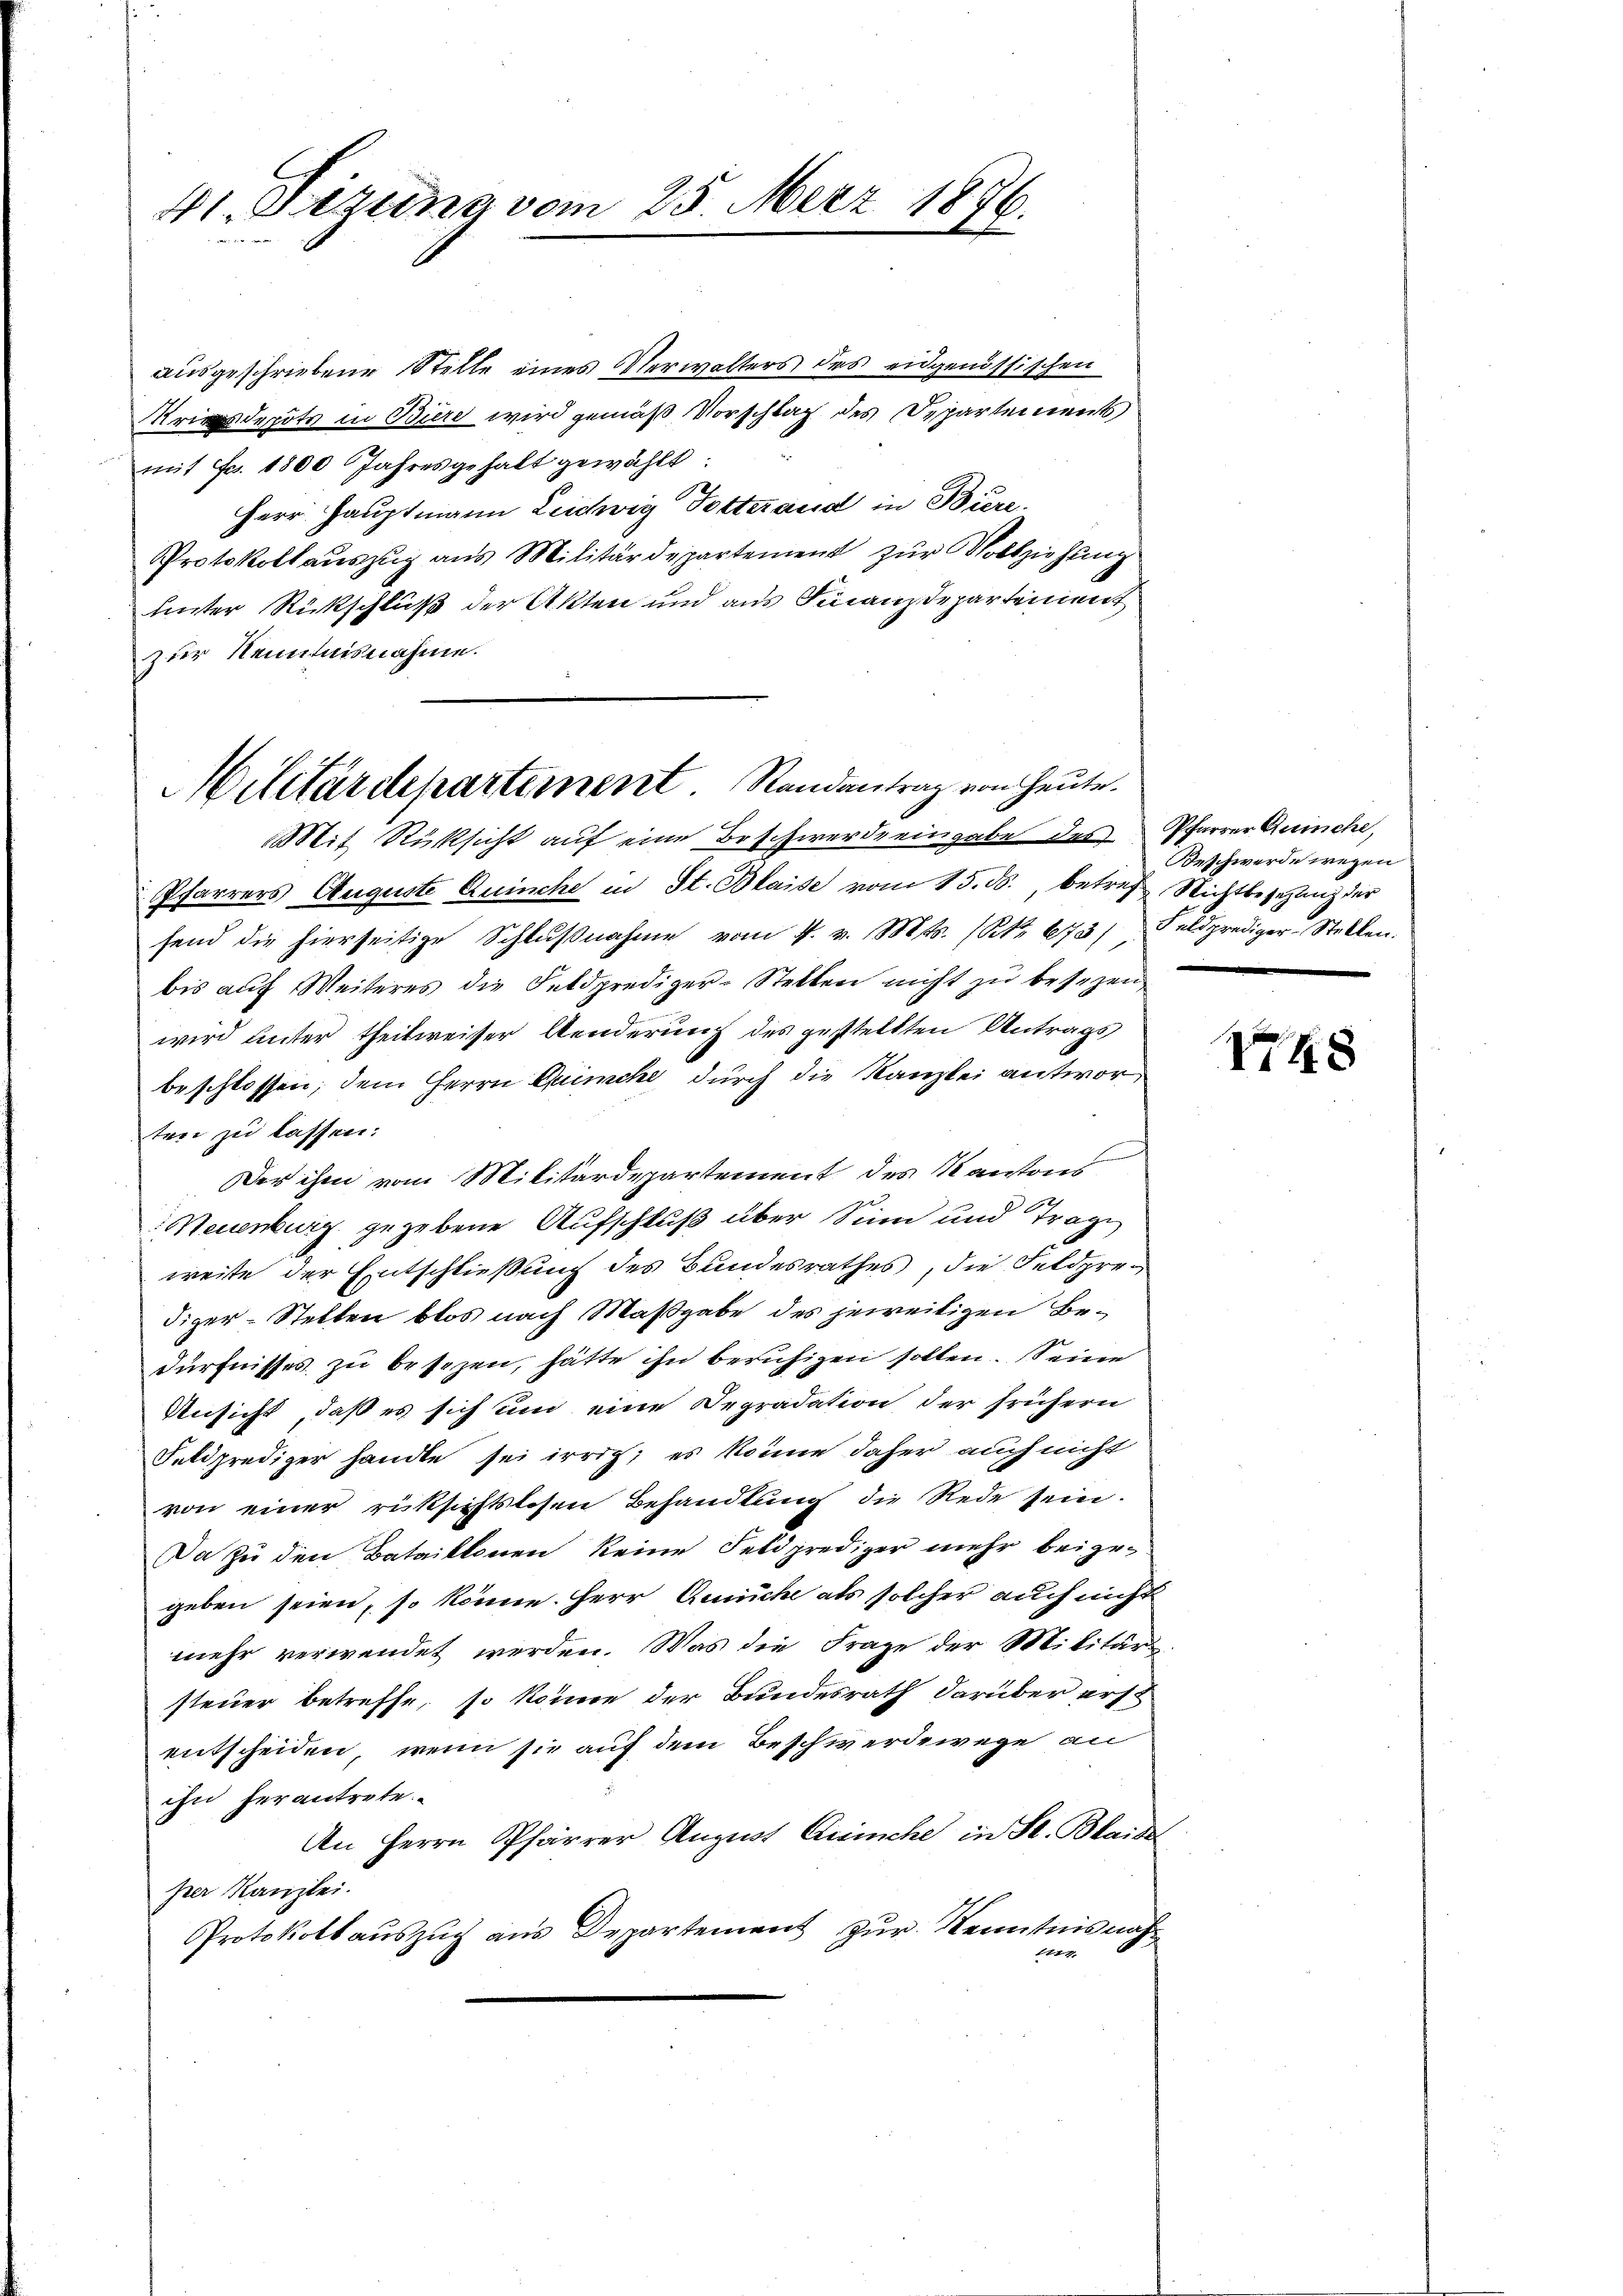
41. Dezung vom 25. März 1876.

ausgeschriebene Stelle eines Verwalters des eidgenössischen
rdepots in Büre wird gemäß Vorschlag des Departements
mit Fr. 1800 Jahresgehalt gewählt:
Herr Hauptmann Leichig Totterand in Biere.
Protokoll aŭszŭg ans Militärdepartement zŭr Vollziehŭng
unter Rückschluß der Akten und aus Finanzdepartement
zur Kenntnisnahme.
Pfarrers Auguste Quinche in St. Blaise vom 15. ds., betref Nichtbesetzung der
fend die hierseitige Schlŭβnahme vom 4. v. Mts. (Nr. 673 Feldprediger-Stellen.
bis auf Weiteres die Feldprediger-Stellen nicht zu besezen,
wird unter theilweisser Aenderung des gestellten Antrags
beschlossen, dem Herrn Quinche durch die Kanzlei antworten zu lassen:
Der ihm vom Militärdepartement des Kantons
Neuenburg gegebene Aufschluß über Sinn und Trage
weite der Entschließung des Bundesrathes, die Feldprediger-Stellen blos nach Maßgabe des jeweitigen Bedürfnisses zu besezen, hätte ihn beruhigen sollen. Seine
Ansicht, daß es sich um eine Depradation der frühern
Feldprediger handte sei irrig; es könne daher auch nicht
von einer rücksichtslosen Behandlung die Rede sein.
Da zu den Bataillonen keine Feldprediger mehr beigegeben seien, so könne. Herr Geriche als solcher auch nicht
mehr verwendet werden. Was die Frage der Militärs-
steuer betreffe, so könne der Bundesrath darüber erst
entscheiden, wenn sie auf dem Beschwerdewege an
ihn herantrete
An Herrn Pfarrer August Quinche in St. Blai de
per Kanzlei.
Protokollauszug aus Departement zur Kenntnisnahnir.

Militärdepartement Randantrag von Heute.
Mit Rücksicht auf eine Beschwerde eingabe des Pfarrer Quiche,

Beschwerde wegen

1748